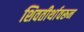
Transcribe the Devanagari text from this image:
शिवतीर्थावरून